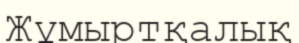
Жұмыртқалық